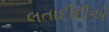
લતાદીદીએ